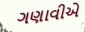
ગણાવીએ